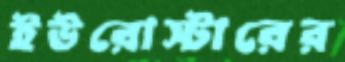
ইউরোস্টারের